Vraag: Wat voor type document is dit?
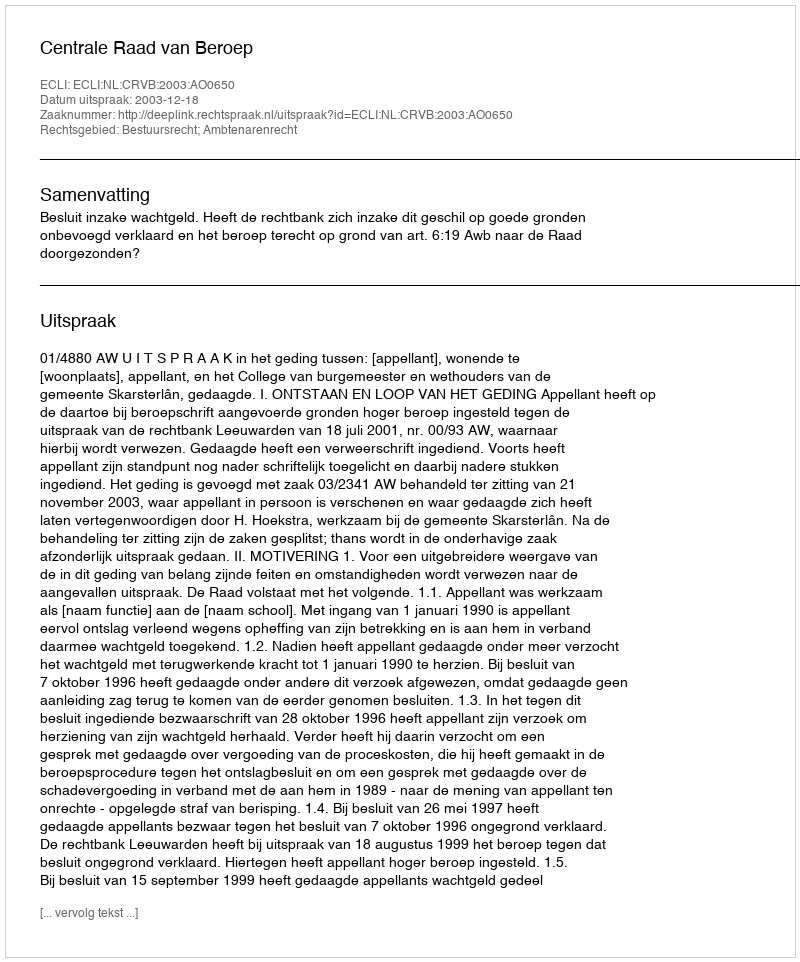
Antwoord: Uitspraak